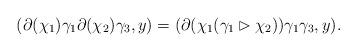
LaTeX: \begin{align*} (\partial(\chi_1)\gamma_1\partial(\chi_2)\gamma_3,y)= (\partial(\chi_1(\gamma_1\rhd \chi_2))\gamma_1\gamma_3,y). \end{align*}